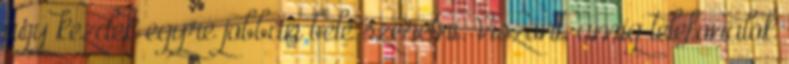
úgy kezdek egyre jobban belé szeretni. Viszont, amíg telefonálok